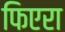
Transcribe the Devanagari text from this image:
फिएरा